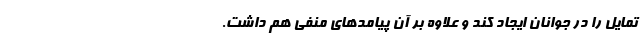
تمایل را در جوانان ایجاد کند و علاوه بر آن پیامدهای منفی هم داشت.